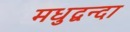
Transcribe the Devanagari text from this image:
मधुद्वन्दा